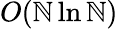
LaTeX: O(\mathbb{N}\ln\mathbb{N})